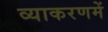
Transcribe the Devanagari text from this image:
व्याकरणमें